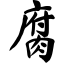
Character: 腐